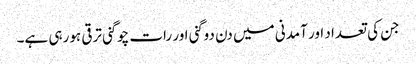
جن کی تعداد اور آمدنی میں دن دوگنی اور رات چوگنی ترقی ہورہی ہے۔